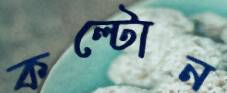
কল্টোন